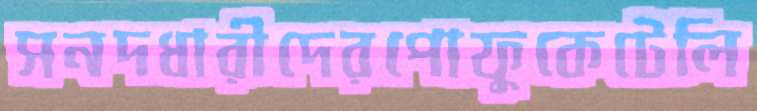
সনদধারীদেরপোফুকেটেলি